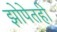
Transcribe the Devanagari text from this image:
झोपेतही